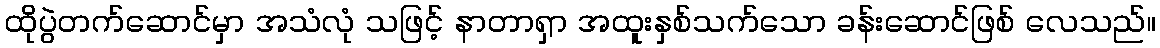
ထိုပွဲတက်ဆောင်မှာ အသံလုံ သဖြင့် နာတာရှာ အထူးနှစ်သက်သော ခန်းဆောင်ဖြစ် လေသည်။